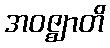
အဝဇ္ဈာတိ